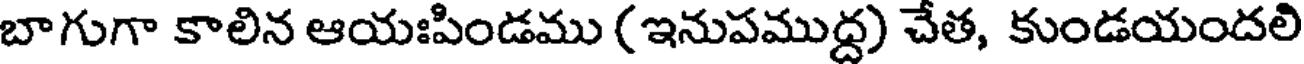
బాగుగా కాలిన ఆయఃపిండము (ఇనుపముద్ద) చేత, కుండయందలి